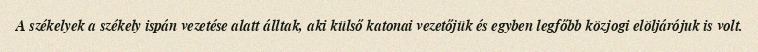
A székelyek a székely ispán vezetése alatt álltak, aki külső katonai vezetőjük és egyben legfőbb közjogi elöljárójuk is volt.